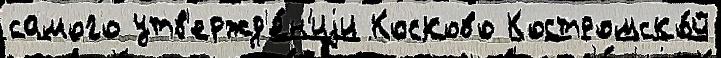
самого утв'ержд'е́н'иjи Косково Костромско́й